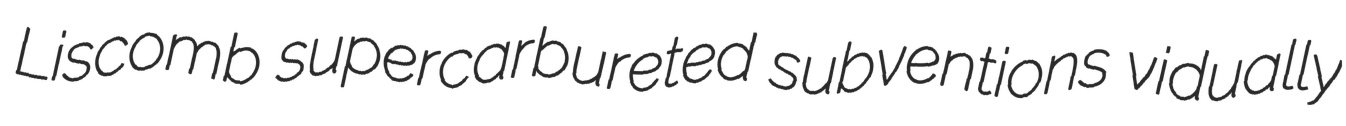
Liscomb supercarbureted subventions vidually